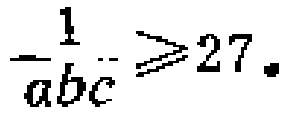
$\frac{1}{abc}\geqslant 27。$